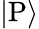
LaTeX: {\left|{\mathrm{P}}\right\rangle}